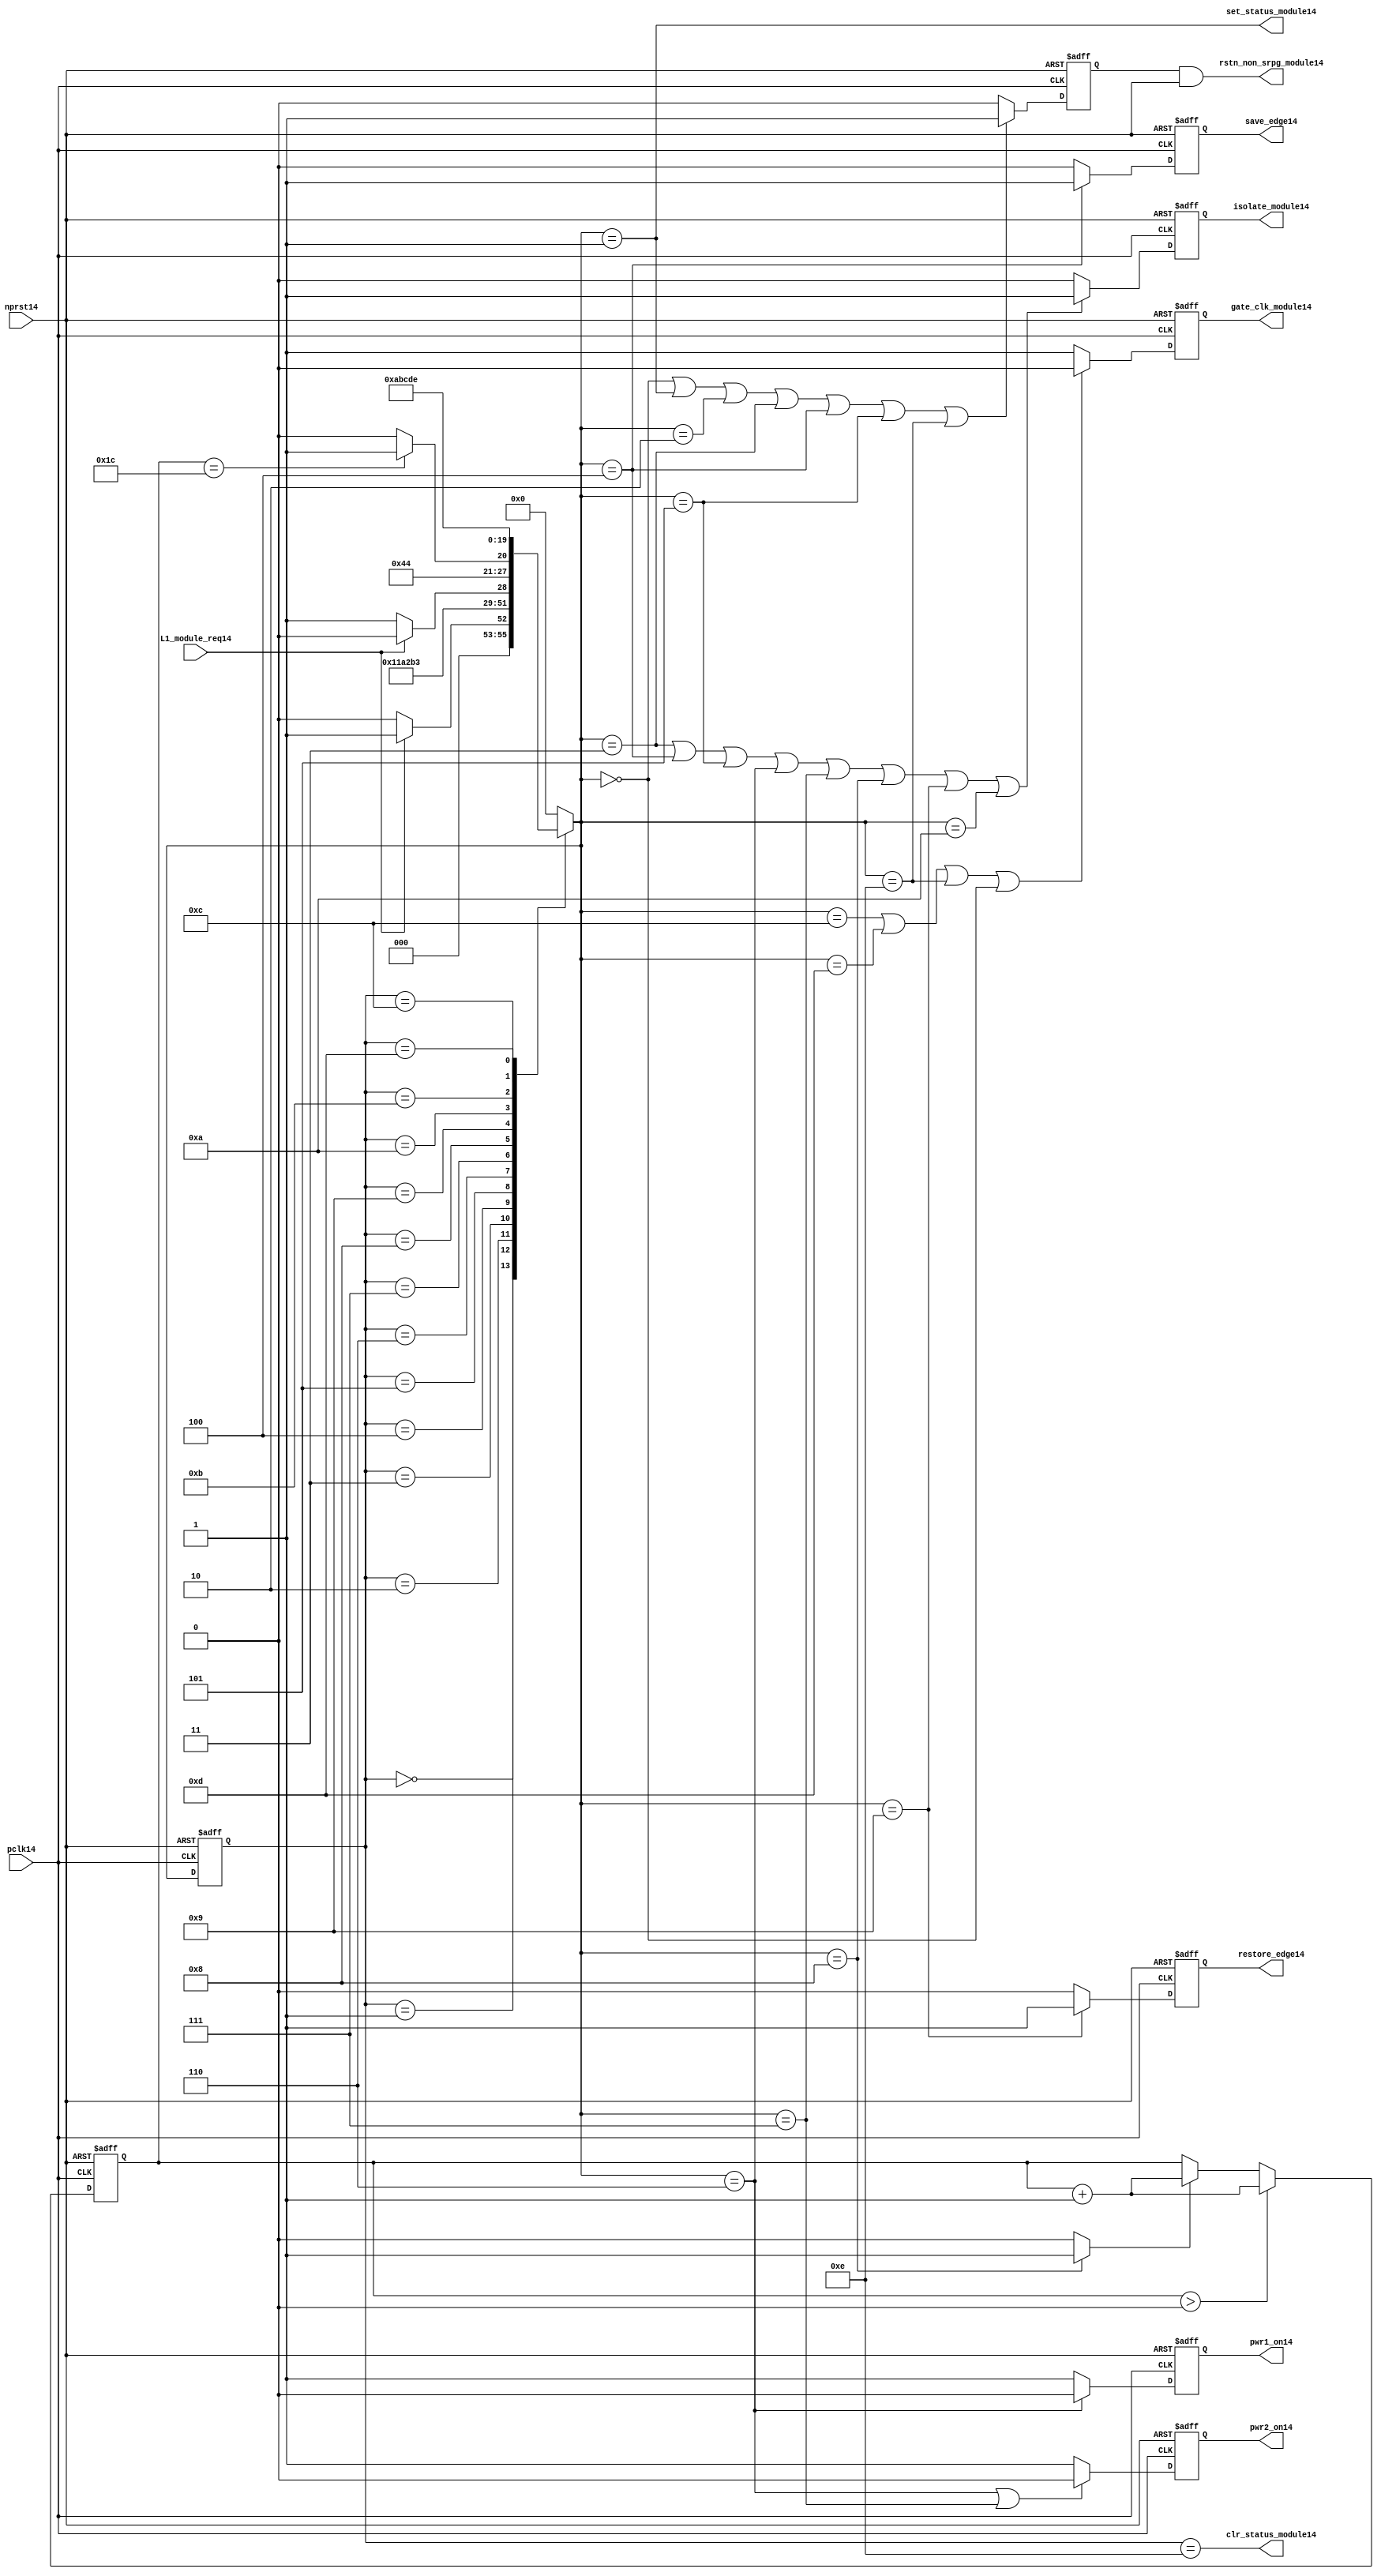
//File14 name   : power_ctrl_sm14.v
//Title14       : Power14 Controller14 state machine14
//Created14     : 1999
//Description14 : State14 machine14 of power14 controller14
//Notes14       : 
//----------------------------------------------------------------------
//   Copyright14 1999-2010 Cadence14 Design14 Systems14, Inc14.
//   All Rights14 Reserved14 Worldwide14
//
//   Licensed14 under the Apache14 License14, Version14 2.0 (the
//   "License14"); you may not use this file except14 in
//   compliance14 with the License14.  You may obtain14 a copy of
//   the License14 at
//
//       http14://www14.apache14.org14/licenses14/LICENSE14-2.0
//
//   Unless14 required14 by applicable14 law14 or agreed14 to in
//   writing, software14 distributed14 under the License14 is
//   distributed14 on an "AS14 IS14" BASIS14, WITHOUT14 WARRANTIES14 OR14
//   CONDITIONS14 OF14 ANY14 KIND14, either14 express14 or implied14.  See
//   the License14 for the specific14 language14 governing14
//   permissions14 and limitations14 under the License14.
//----------------------------------------------------------------------
module power_ctrl_sm14 (

    // Clocks14 & Reset14
    pclk14,
    nprst14,

    // Register Control14 inputs14
    L1_module_req14,
    set_status_module14,
    clr_status_module14,

    // Module14 control14 outputs14
    rstn_non_srpg_module14,
    gate_clk_module14,
    isolate_module14,
    save_edge14,
    restore_edge14,
    pwr1_on14,
    pwr2_on14

);

input    pclk14;
input    nprst14;

input    L1_module_req14;
output   set_status_module14;
output   clr_status_module14;
    
output   rstn_non_srpg_module14;
output   gate_clk_module14;
output   isolate_module14;
output   pwr1_on14;
output   pwr2_on14;
output save_edge14;
output restore_edge14;

wire    set_status_module14;
wire    clr_status_module14;

wire    rstn_non_srpg_module14;
reg     gate_clk_module14;
reg     isolate_module14;
reg     pwr1_on14;
reg     pwr2_on14;

reg save_edge14;

reg restore_edge14;
   
// FSM14 state
reg  [3:0] currentState14, nextState14;
reg     rstn_non_srpg14;
reg [4:0] trans_cnt14;

parameter Init14 = 0; 
parameter Clk_off14 = 1; 
parameter Wait114 = 2; 
parameter Isolate14 = 3; 
parameter Save_edge14 = 4; 
parameter Pre_pwr_off14 = 5; 
parameter Pwr_off14 = 6; 
parameter Pwr_on114 = 7; 
parameter Pwr_on214 = 8; 
parameter Restore_edge14 = 9; 
parameter Wait214 = 10; 
parameter De_isolate14 = 11; 
parameter Clk_on14 = 12; 
parameter Wait314 = 13; 
parameter Rst_clr14 = 14;


// Power14 Shut14 Off14 State14 Machine14

// FSM14 combinational14 process
always @  (*)
  begin
    case (currentState14)

      // Commence14 PSO14 once14 the L114 req bit is set.
      Init14:
        if (L1_module_req14 == 1'b1)
          nextState14 = Clk_off14;         // Gate14 the module's clocks14 off14
        else
          nextState14 = Init14;            // Keep14 waiting14 in Init14 state
        
      Clk_off14 :
        nextState14 = Wait114;             // Wait14 for one cycle
 
      Wait114  :                         // Wait14 for clk14 gating14 to take14 effect
        nextState14 = Isolate14;           // Start14 the isolation14 process
          
      Isolate14 :
        nextState14 = Save_edge14;
        
      Save_edge14 :
        nextState14 = Pre_pwr_off14;

      Pre_pwr_off14 :
        nextState14 = Pwr_off14;
      // Exit14 PSO14 once14 the L114 req bit is clear.

      Pwr_off14 :
        if (L1_module_req14 == 1'b0)
          nextState14 = Pwr_on114;         // Resume14 power14 if the L1_module_req14 bit is cleared14
        else
          nextState14 = Pwr_off14;         // Wait14 until the L1_module_req14 bit is cleared14
        
      Pwr_on114 :
        nextState14 = Pwr_on214;
          
      Pwr_on214 :
        if(trans_cnt14 == 5'd28)
          nextState14 = Restore_edge14;
        else 
          nextState14 = Pwr_on214;
          
      Restore_edge14 :
        nextState14 = Wait214;

      Wait214 :
        nextState14 = De_isolate14;
          
      De_isolate14 :
        nextState14 = Clk_on14;
          
      Clk_on14 :
        nextState14 = Wait314;
          
      Wait314  :                         // Wait14 for clock14 to resume
        nextState14 = Rst_clr14 ;     
 
      Rst_clr14 :
        nextState14 = Init14;
        
      default  :                       // Catch14 all
        nextState14 = Init14; 
        
    endcase
  end


  // Signals14 Sequential14 process - gate_clk_module14
always @ (posedge pclk14 or negedge nprst14)
  begin
    if (~nprst14)
      gate_clk_module14 <= 1'b0;
    else 
      if (nextState14 == Clk_on14 | nextState14 == Wait314 | nextState14 == Rst_clr14 | 
          nextState14 == Init14)
          gate_clk_module14 <= 1'b0;
      else
          gate_clk_module14 <= 1'b1;
  end

// Signals14 Sequential14 process - rstn_non_srpg14
always @ (posedge pclk14 or negedge nprst14)
  begin
    if (~nprst14)
      rstn_non_srpg14 <= 1'b0;
    else
      if ( nextState14 == Init14 | nextState14 == Clk_off14 | nextState14 == Wait114 | 
           nextState14 == Isolate14 | nextState14 == Save_edge14 | nextState14 == Pre_pwr_off14 | nextState14 == Rst_clr14)
        rstn_non_srpg14 <= 1'b1;
      else
        rstn_non_srpg14 <= 1'b0;
   end


// Signals14 Sequential14 process - pwr1_on14 & pwr2_on14
always @ (posedge pclk14 or negedge nprst14)
  begin
    if (~nprst14)
      pwr1_on14 <=  1'b1;  // power14 gates14 1 & 2 are on
    else
      if (nextState14 == Pwr_off14 )
        pwr1_on14 <= 1'b0;  // shut14 off14 both power14 gates14 1 & 2
      else
        pwr1_on14 <= 1'b1;
  end


// Signals14 Sequential14 process - pwr1_on14 & pwr2_on14
always @ (posedge pclk14 or negedge nprst14)
  begin
    if (~nprst14)
       pwr2_on14 <= 1'b1;      // power14 gates14 1 & 2 are on
    else
      if (nextState14 == Pwr_off14 | nextState14 == Pwr_on114)
        pwr2_on14 <= 1'b0;     // shut14 off14 both power14 gates14 1 & 2
      else
        pwr2_on14 <= 1'b1;
   end


// Signals14 Sequential14 process - isolate_module14 
always @ (posedge pclk14 or negedge nprst14)
  begin
    if (~nprst14)
        isolate_module14 <= 1'b0;
    else
      if (nextState14 == Isolate14 | nextState14 == Save_edge14 | nextState14 == Pre_pwr_off14 |  nextState14 == Pwr_off14 | nextState14 == Pwr_on114 |
          nextState14 == Pwr_on214 | nextState14 == Restore_edge14 | nextState14 == Wait214)
         isolate_module14 <= 1'b1;       // Activate14 the isolate14 and retain14 signals14
      else
         isolate_module14 <= 1'b0;        
   end    

// enabling save edge
always @ (posedge pclk14 or negedge nprst14)
  begin
    if (~nprst14)
        save_edge14 <= 1'b0;
    else
      if (nextState14 == Save_edge14 )
         save_edge14 <= 1'b1;       // Activate14 the isolate14 and retain14 signals14
      else
         save_edge14 <= 1'b0;        
   end    
// stabilising14 count
wire restore_change14;
assign restore_change14 = (nextState14 == Pwr_on214) ? 1'b1: 1'b0;

always @ (posedge pclk14 or negedge nprst14)
  begin
    if (~nprst14)
      trans_cnt14 <= 0;
    else if (trans_cnt14 > 0)
      trans_cnt14  <= trans_cnt14 + 1;
    else if (restore_change14)
      trans_cnt14  <= trans_cnt14 + 1;
  end

// enabling restore14 edge
always @ (posedge pclk14 or negedge nprst14)
  begin
    if (~nprst14)
        restore_edge14 <= 1'b0;
    else
      if (nextState14 == Restore_edge14)
         restore_edge14 <= 1'b1;       // Activate14 the isolate14 and retain14 signals14
      else
         restore_edge14 <= 1'b0;        
   end    


// FSM14 Sequential14 process
always @ (posedge pclk14 or negedge nprst14)
  begin
    if (~nprst14)
      currentState14 <= Init14;
    else
      currentState14 <= nextState14;
  end


// Reset14 for non-SRPG14 FFs14 is a combination14 of the nprst14 and the reset during PSO14
assign  rstn_non_srpg_module14 = rstn_non_srpg14 & nprst14;

assign  set_status_module14 = (nextState14 == Clk_off14);    // Set the L114 status bit  
assign  clr_status_module14 = (currentState14 == Rst_clr14); // Clear the L114 status bit  
  

`ifdef LP_ABV_ON14

// psl14 default clock14 = (posedge pclk14);

// Never14 have the set and clear status signals14 both set
// psl14 output_no_set_and_clear14 : assert never {set_status_module14 & clr_status_module14};



// Isolate14 signal14 should become14 active on the 
// Next14 clock14 after Gate14 signal14 is activated14
// psl14 output_pd_seq14:
//    assert always
//	  {rose14(gate_clk_module14)} |=> {[*1]; {rose14(isolate_module14)} }
//    abort14(~nprst14);
//
//
//
// Reset14 signal14 for Non14-SRPG14 FFs14 and POWER14 signal14 for
// SMC14 should become14 LOW14 on clock14 cycle after Isolate14 
// signal14 is activated14
// psl14 output_pd_seq_stg_214:
//    assert always
//    {rose14(isolate_module14)} |=>
//    {[*2]; {{fell14(rstn_non_srpg_module14)} && {fell14(pwr1_on14)}} }
//    abort14(~nprst14);
//
//
// Whenever14 pwr1_on14 goes14 to LOW14 pwr2_on14 should also go14 to LOW14
// psl14 output_pwr2_low14:
//    assert always
//    { fell14(pwr1_on14) } |->  { fell14(pwr2_on14) }
//    abort14(~nprst14);
//
//
// Whenever14 pwr1_on14 becomes HIGH14 , On14 Next14 clock14 cycle pwr2_on14
// should also become14 HIGH14
// psl14 output_pwr2_high14:
//    assert always
//    { rose14(pwr1_on14) } |=>  { (pwr2_on14) }
//    abort14(~nprst14);
//
`endif


endmodule